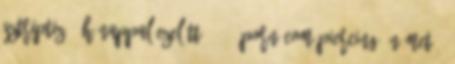
sztriptiz 7 hónappal ezelőtt 07:29 Porn.com piercing, német 2